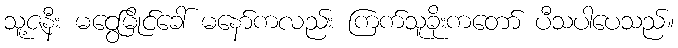
သူ့ဇနီး မငွေမြိုင်ခေါ် မနော်ကလည်း ကြက်သူခိုးကတော် ပီသပါပေသည်။